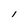
Character: I